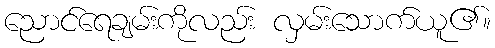
ညောင်ရေချမ်းကိုလည်း လှမ်းသောက်ယူ၏။